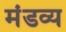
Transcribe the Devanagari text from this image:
मंडव्य